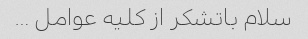
سلام باتشکر از کلیه عوامل …